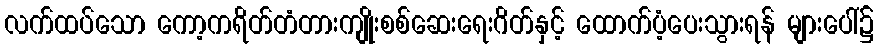
လက်ထပ်သော ကော့ကရိတ်တံတားကျိုးစစ်ဆေးရေးဂိတ်နှင့် ထောက်ပံ့ပေးသွားရန် များပေါ်၌